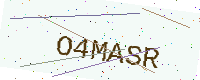
Text: O4MASR